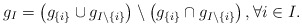
\begin{align*}g_I = \big(g_{\{i\}}\cup g_{I\setminus\{i\}}\big)\setminus \big(g_{\{i\}} \cap g_{I\setminus\{i\}}\big)\,,\forall i\in I.\end{align*}